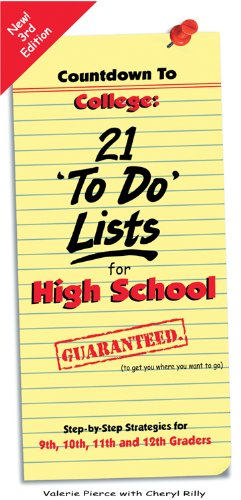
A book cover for Countdown To College: 21 'To Do' Lists for High School: Step-By-Step Strategies for 9th, 10th, 11th and 12th Graders; Valerie Pierce; Education & Teaching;